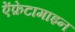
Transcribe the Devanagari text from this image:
ऐंफ़ेटामाइन